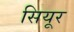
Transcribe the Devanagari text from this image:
सियूर